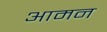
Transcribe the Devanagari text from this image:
आमन